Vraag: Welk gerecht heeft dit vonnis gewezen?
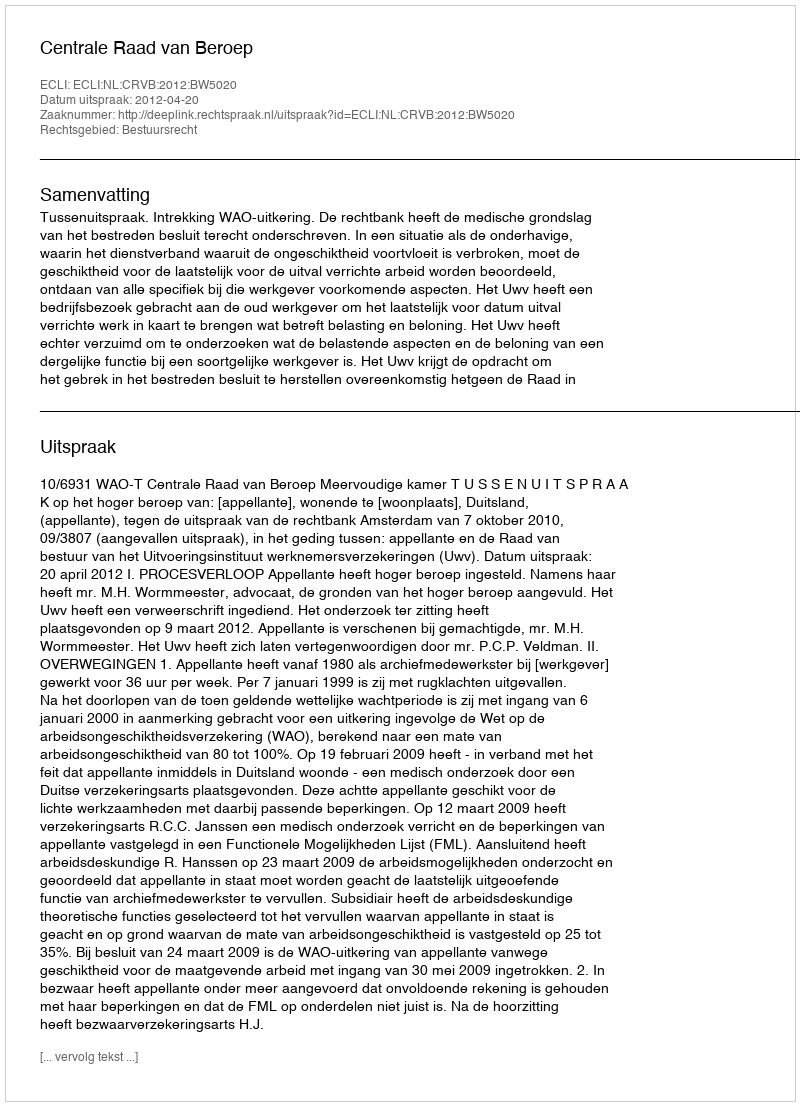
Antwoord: Centrale Raad van Beroep